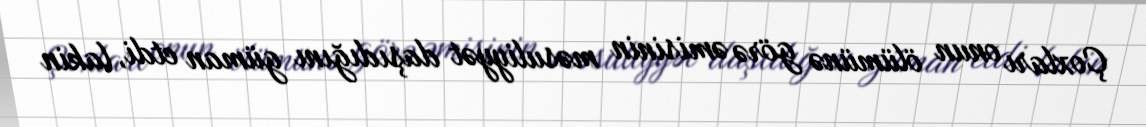
Çoxları onun ölümünə görə əmisinin məsuliyyət daşıdığını güman etdi, lakin